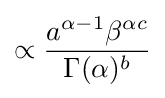
\propto {\frac {a^{\alpha -1}\beta ^{\alpha c}}{\Gamma (\alpha )^{b}}}